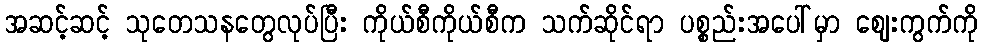
အဆင့်ဆင့် သုတေသနတွေလုပ်ပြီး ကိုယ်စီကိုယ်စီက သက်ဆိုင်ရာ ပစ္စည်းအပေါ်မှာ ဈေးကွက်ကို